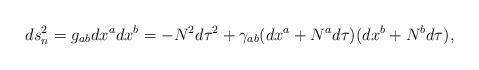
LaTeX: \begin{align*}ds_n^2=g_{ab}dx^adx^b=-N^2 d\tau^2 +\gamma_{ab}(dx^a+N^a d\tau)(dx^b+N^b d\tau),\end{align*}